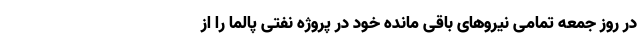
در روز جمعه تمامی نیروهای باقی مانده خود در پروژه نفتی پالما را از